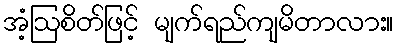
အံ့ဩစိတ်ဖြင့် မျက်ရည်ကျမိတာလား။